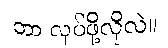
ဘာ လုပ်ဖို့လိုလဲ။